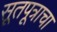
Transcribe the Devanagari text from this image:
सूतपूत्राचा